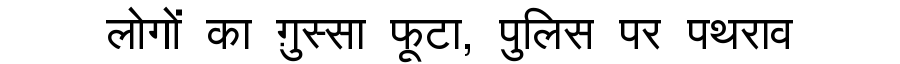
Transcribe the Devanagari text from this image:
लोगों का ग़ुस्सा फूटा, पुलिस पर पथराव